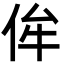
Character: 侔